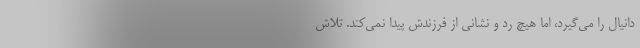
دانیال را می‌گیرد، اما هیچ رد و نشانی از فرزندش پیدا نمی‌کند. تلاش